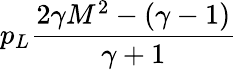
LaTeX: p_{L}\frac{2\gamma M^{2}-(\gamma-1)}{\gamma+1}